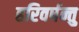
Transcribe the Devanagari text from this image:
हरिवर्षन्तु